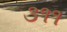
૩૧૧